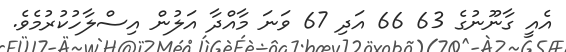
އެއީ ގާނޫނުގެ 63 66 އަދި 67 ވަނަ މާއްދާ އަލުން އިސްލާހުކުރުމެވެ.